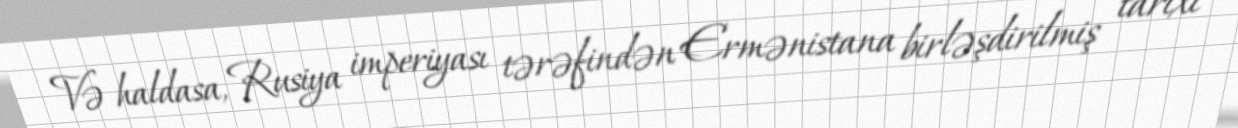
Və haldasa, Rusiya imperiyası tərəfindən Ermənistana birləşdirilmiş tarixi